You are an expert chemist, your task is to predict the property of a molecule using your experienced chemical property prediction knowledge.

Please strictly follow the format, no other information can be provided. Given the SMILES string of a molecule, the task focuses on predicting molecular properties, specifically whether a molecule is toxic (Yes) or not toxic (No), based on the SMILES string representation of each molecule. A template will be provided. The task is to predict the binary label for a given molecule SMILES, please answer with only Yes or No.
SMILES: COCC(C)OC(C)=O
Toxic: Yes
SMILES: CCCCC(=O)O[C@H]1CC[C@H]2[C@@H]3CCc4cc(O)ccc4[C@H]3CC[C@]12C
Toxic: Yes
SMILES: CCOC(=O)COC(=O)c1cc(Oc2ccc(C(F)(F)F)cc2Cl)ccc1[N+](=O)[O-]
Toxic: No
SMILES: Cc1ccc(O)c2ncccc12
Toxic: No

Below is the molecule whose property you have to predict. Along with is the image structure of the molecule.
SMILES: [S-]c1nc2ccccc2s1
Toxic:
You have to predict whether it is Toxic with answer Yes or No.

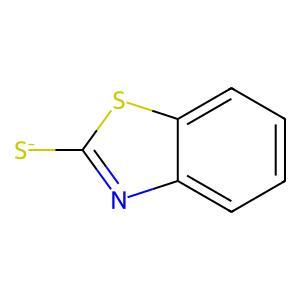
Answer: No